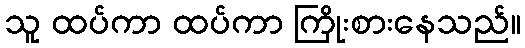
သူ ထပ်ကာ ထပ်ကာ ကြိုးစားနေသည်။